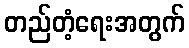
တည်တံ့ရေးအတွက်